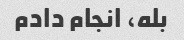
بله، انجام دادم